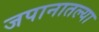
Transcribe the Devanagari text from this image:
जपानातल्या